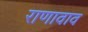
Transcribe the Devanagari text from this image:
राणावाव